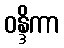
ဝန္ဒိကာ